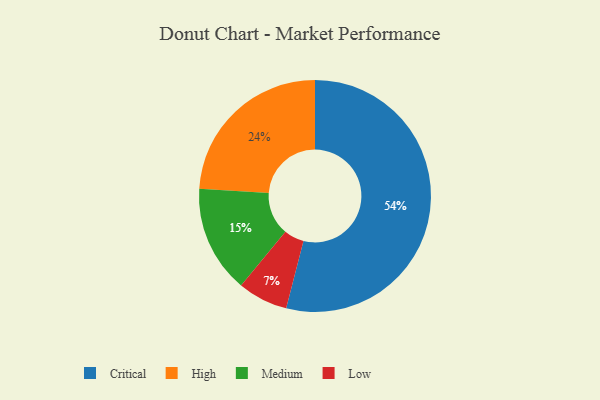
{"axis": {"x": "Category", "y": "Percentage"}, "legend": ["Critical", "High", "Low", "Medium"], "data": [{"x": "Low", "y": 7, "type": "Low"}, {"x": "High", "y": 24, "type": "High"}, {"x": "Medium", "y": 15, "type": "Medium"}, {"x": "Critical", "y": 54, "type": "Critical"}]}